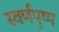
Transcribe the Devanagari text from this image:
स्वर्णपुष्प